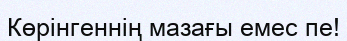
Көрінгеннің мазағы емес пе!